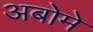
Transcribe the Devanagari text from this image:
अबोमे